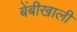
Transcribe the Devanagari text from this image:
बेंबीखाली